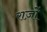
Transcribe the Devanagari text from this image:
राज़ों